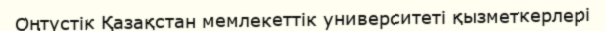
Оңтүстік Қазақстан мемлекеттік университеті қызметкерлері